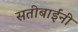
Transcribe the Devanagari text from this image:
सतीबाईंनी